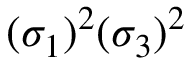
( \sigma _ { 1 } ) ^ { 2 } ( \sigma _ { 3 } ) ^ { 2 }